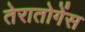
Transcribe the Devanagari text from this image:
तेरातोगेंस